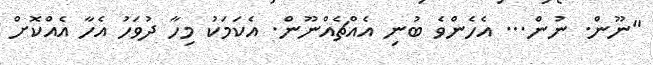
"ނޫން. ނުން... އެހެންވެ ބުނި އެއްޗެއްނޫން. އެކަމަކު މިހާ ދުވަހު އެހާ އެއްކޮށް